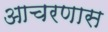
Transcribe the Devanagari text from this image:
आचरणास